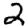
Digit: 2